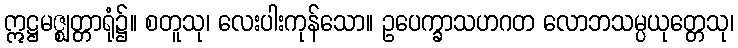
ဣဋ္ဌမဇ္ဈတ္တာရုံ၌။ စတူသု၊ လေးပါးကုန်သော။ ဥပေက္ခာသဟဂတ လောဘသမ္ပယုတ္တေသု၊